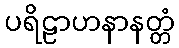
ပရိဠာဟနာနတ္တံ